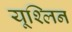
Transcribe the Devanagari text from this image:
यूश्लिन